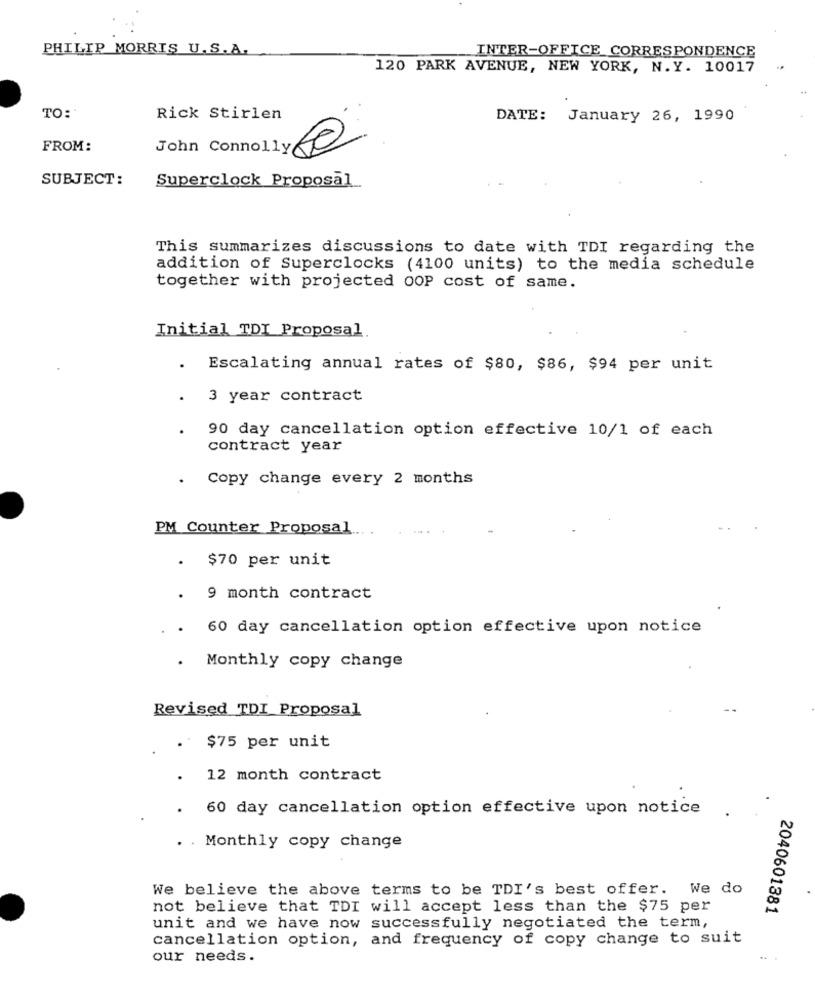
PHILIP MORRIS U.S.A.
INTER-OFFICE CORRESPONDENCE
120 PARK AVENUE, NEW YORK, N.Y. 10017
TO:
Rick Stirlen
DATE: January 26, 1990
FROM:
John Connolly0
SUBJECT:
Superclock Proposal
This summarizes discussions to date with TDI regarding the
addition of Superclocks (4100 units) to the media schedule
together with projected OOP cost of same.
Initial TDI Proposal
.
Escalating annual rates of $80, $86, $94 per unit
.
3 year contract
90 day cancellation option effective 10/1 of each
contract year
Copy change every 2 months
PM Counter Proposal
$70 per unit
. 9 month contract
60 day cancellation option effective upon notice
Monthly copy change
Revised TDI Proposal
$75 per unit
12 month contract
60 day cancellation option effective upon notice
. Monthly copy change
We believe the above terms to be TDI's best offer. We do
not believe that TDI will accept less than the $75 per
2040601381
unit and we have now successfully negotiated the term,
cancellation option, and frequency of copy change to suit
our needs.